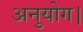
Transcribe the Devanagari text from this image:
अनुयोग।